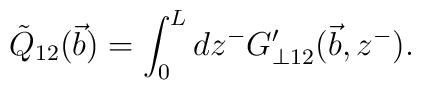
\tilde{Q}_{12}(\vec b)=\int^L_0 dz^- G'_{\bot 12}({\vec b},z^-).